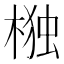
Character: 𭫆